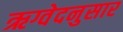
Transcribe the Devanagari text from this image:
ऋग्वेदनुसार